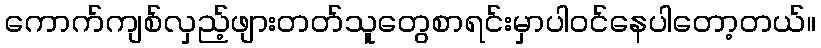
ကောက်ကျစ်လှည့်ဖျားတတ်သူတွေစာရင်းမှာပါဝင်နေပါတော့တယ်။